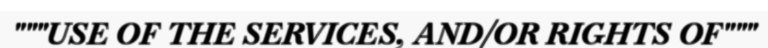
"""USE OF THE SERVICES, AND/OR RIGHTS OF"""